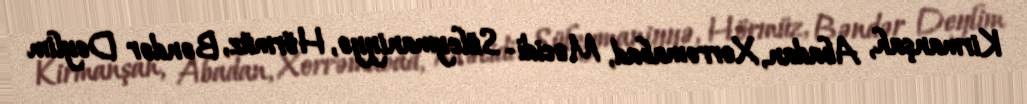
Kirmanşah, Abadan, Xorrəmabad, Məcidi- Süleymaniyyə, Hörmüz, Bəndər Deylim